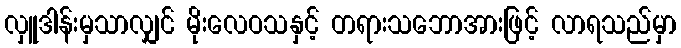
လှူဒါန်းမှသာလျှင် မိုးလေဝသနှင့် တရားသဘောအားဖြင့် လာရသည်မှာ